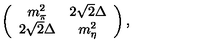
\left( \begin{array} { c c } { m _ { \pi } ^ { 2 } } & { 2 \sqrt { 2 } \Delta } \\ { 2 \sqrt { 2 } \Delta } & { m _ { \eta } ^ { 2 } } \\ \end{array} \right) ,